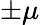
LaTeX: \pm\mu